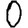
Digit: 0